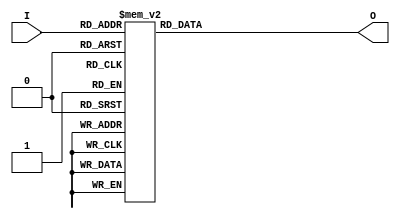
module D3to8(
	input [2:0] I,
	output reg [7:0] O
);
	always@(I) case(I)
		3'b111: O <= 8'b0111_1111;
		3'b110: O <= 8'b1011_1111;
		3'b101: O <= 8'b1101_1111;
		3'b100: O <= 8'b1110_1111;
		3'b011: O <= 8'b1111_0111;
		3'b010: O <= 8'b1111_1011;
		3'b001: O <= 8'b1111_1101;
		3'b000: O <= 8'b1111_1110;
		default: O <= 8'hff;
	endcase
endmodule